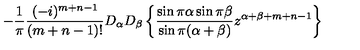
- \frac { 1 } { \pi } \frac { ( - i ) ^ { m + n - 1 } } { ( m + n - 1 ) ! } D _ { \alpha } D _ { \beta } \left\{ \frac { \sin \pi \alpha \sin \pi \beta } { \sin \pi ( \alpha + \beta ) } z ^ { \alpha + \beta + m + n - 1 } \right\}